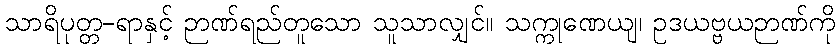
သာရိပုတ္တ-ရာနှင့် ဉာဏ်ရည်တူသော သူသာလျှင်။ သက္ကုဏေယျ၊ ဥဒယဗ္ဗယဉာဏ်ကို